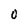
Character: O